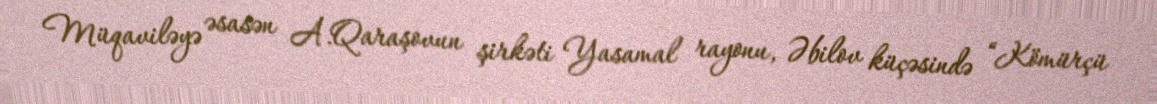
Müqaviləyə əsasən A.Qaraşovun şirkəti Yasamal rayonu, Əbilov küçəsində “Kömürçü